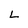
Character: L